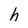
Character: h